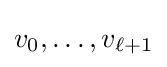
v_{0},\ldots ,v_{\ell +1}